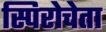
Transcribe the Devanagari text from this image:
स्पिरोचेता